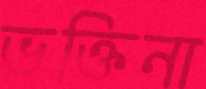
ভক্তিনা